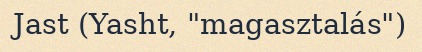
Jast (Yasht, "magasztalás")